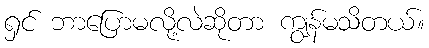
ရှင် ဘာပြောမလို့လဲဆိုတာ ကျွန်မသိတယ်။